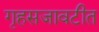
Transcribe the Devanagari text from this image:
गृहसजावटीत